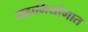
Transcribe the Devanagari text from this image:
महाभियोगात